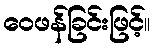
ဝေဖန်ခြင်းဖြင့်။